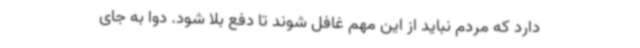
دارد که مردم نباید از این مهم غافل شوند تا دفع بلا شود. دوا به جای